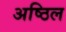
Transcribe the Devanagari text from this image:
अष्ठिल